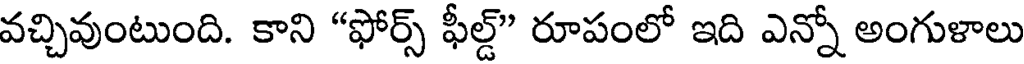
వచ్చివుంటుంది. కాని "ఫోర్స్ ఫీల్డ్" రూపంలో ఇది ఎన్నో అంగుళాలు